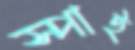
স্পাই